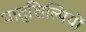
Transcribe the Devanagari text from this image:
धातुशिल्पियों